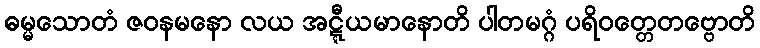
ဓမ္မသောတံ ဇဝနမနော လယ အဋ္ဋီယမာနောတိ ပါတမဂ္ဂံ ပရိဝတ္တေတဗ္ဗောတိ